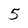
Character: 5